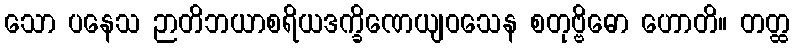
သော ပနေသ ဉာတိဘယာစရိယဒက္ခိဏေယျဝသေန စတုဗ္ဗိဓော ဟောတိ။ တတ္ထ